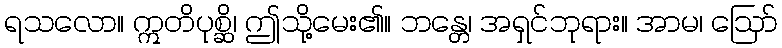
ရသလော။ ဣတိပုစ္ဆိ၊ ဤသို့မေး၏။ ဘန္တေ၊ အရှင်ဘုရား။ အာမ၊ ဩော်